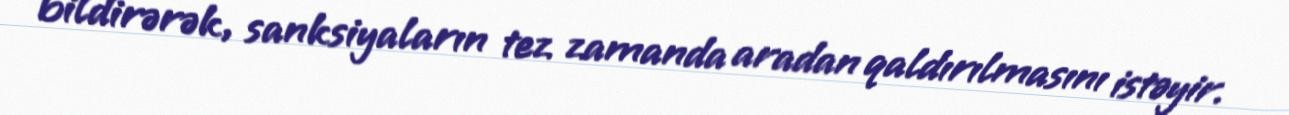
bildirərək, sanksiyaların tez zamanda aradan qaldırılmasını istəyir.